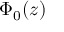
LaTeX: \Phi _ { 0 } ( z )